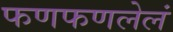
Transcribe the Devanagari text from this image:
फणफणलेलं